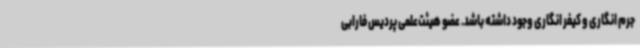
جرم انگاری و کیفر انگاری وجود داشته باشد. عضو هیئت‌علمی پردیس فارابی